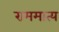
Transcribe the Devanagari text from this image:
राममात्य